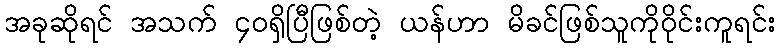
အခုဆိုရင် အသက် ၄၀ရှိပြီဖြစ်တဲ့ ယန်ဟာ မိခင်ဖြစ်သူကိုဝိုင်းကူရင်း